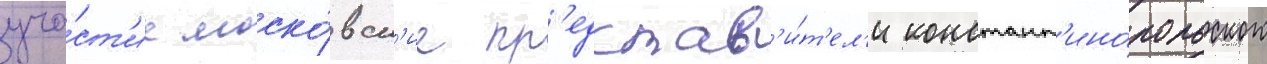
уча́ст'ие моско́вск'ие пр'едстав'и́т'ел'и констант'ино́польского